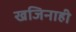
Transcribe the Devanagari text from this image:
खजिनाही